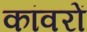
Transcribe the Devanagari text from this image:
कांवरों